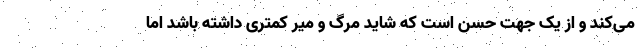
می‌‌کند و از یک جهت حُسن است که شاید مرگ و میر کمتری داشته باشد اما